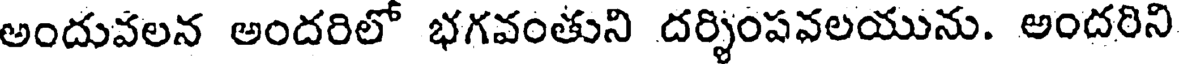
అందువలన అందరిలో భగవంతుని దర్శింపవలయును. అందరిని